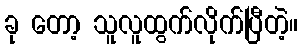
ခု တော့ သူလူထွက်လိုက်ပြီတဲ့။